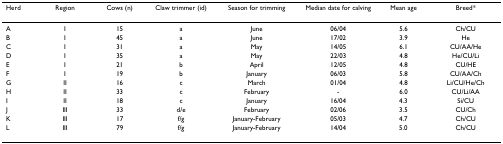
| Herd | Region | Cows (n) | Claw trimmer (id) | Season for trimming | Median date for calving | Mean age | Breed* |
 | --- | --- | --- | --- | --- | --- | --- | --- |
 | A | I | 15 | a | June | 06/04 | 5.6 | Ch/CU |
 | B | I | 45 | a | June | 17/02 | 3.9 | He |
 | C | I | 31 | a | May | 14/05 | 6.1 | CU/AA/He |
 | D | I | 35 | a | May | 22/03 | 4.8 | He/CU/Li |
 | E | I | 21 | b | April | 12/05 | 4.8 | CU/HE |
 | F | I | 19 | b | January | 06/03 | 5.8 | CU/AA/Ch |
 | G | II | 16 | c | March | 01/04 | 4.8 | Li/CU/He/Ch |
 | H | II | 33 | c | February | - | 6.0 | CU/Li/AA |
 | I | II | 18 | c | January | 16/04 | 4.3 | Si/CU |
 | J | III | 33 | d/e | February | 02/06 | 3.5 | CU/Ch |
 | K | III | 17 | f/g | January-February | 05/03 | 4.7 | Ch/CU |
 | L | III | 79 | f/g | January-February | 14/04 | 5.0 | Ch/CU |